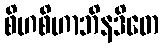
စိဟစိဟာဘိနဒိတေ